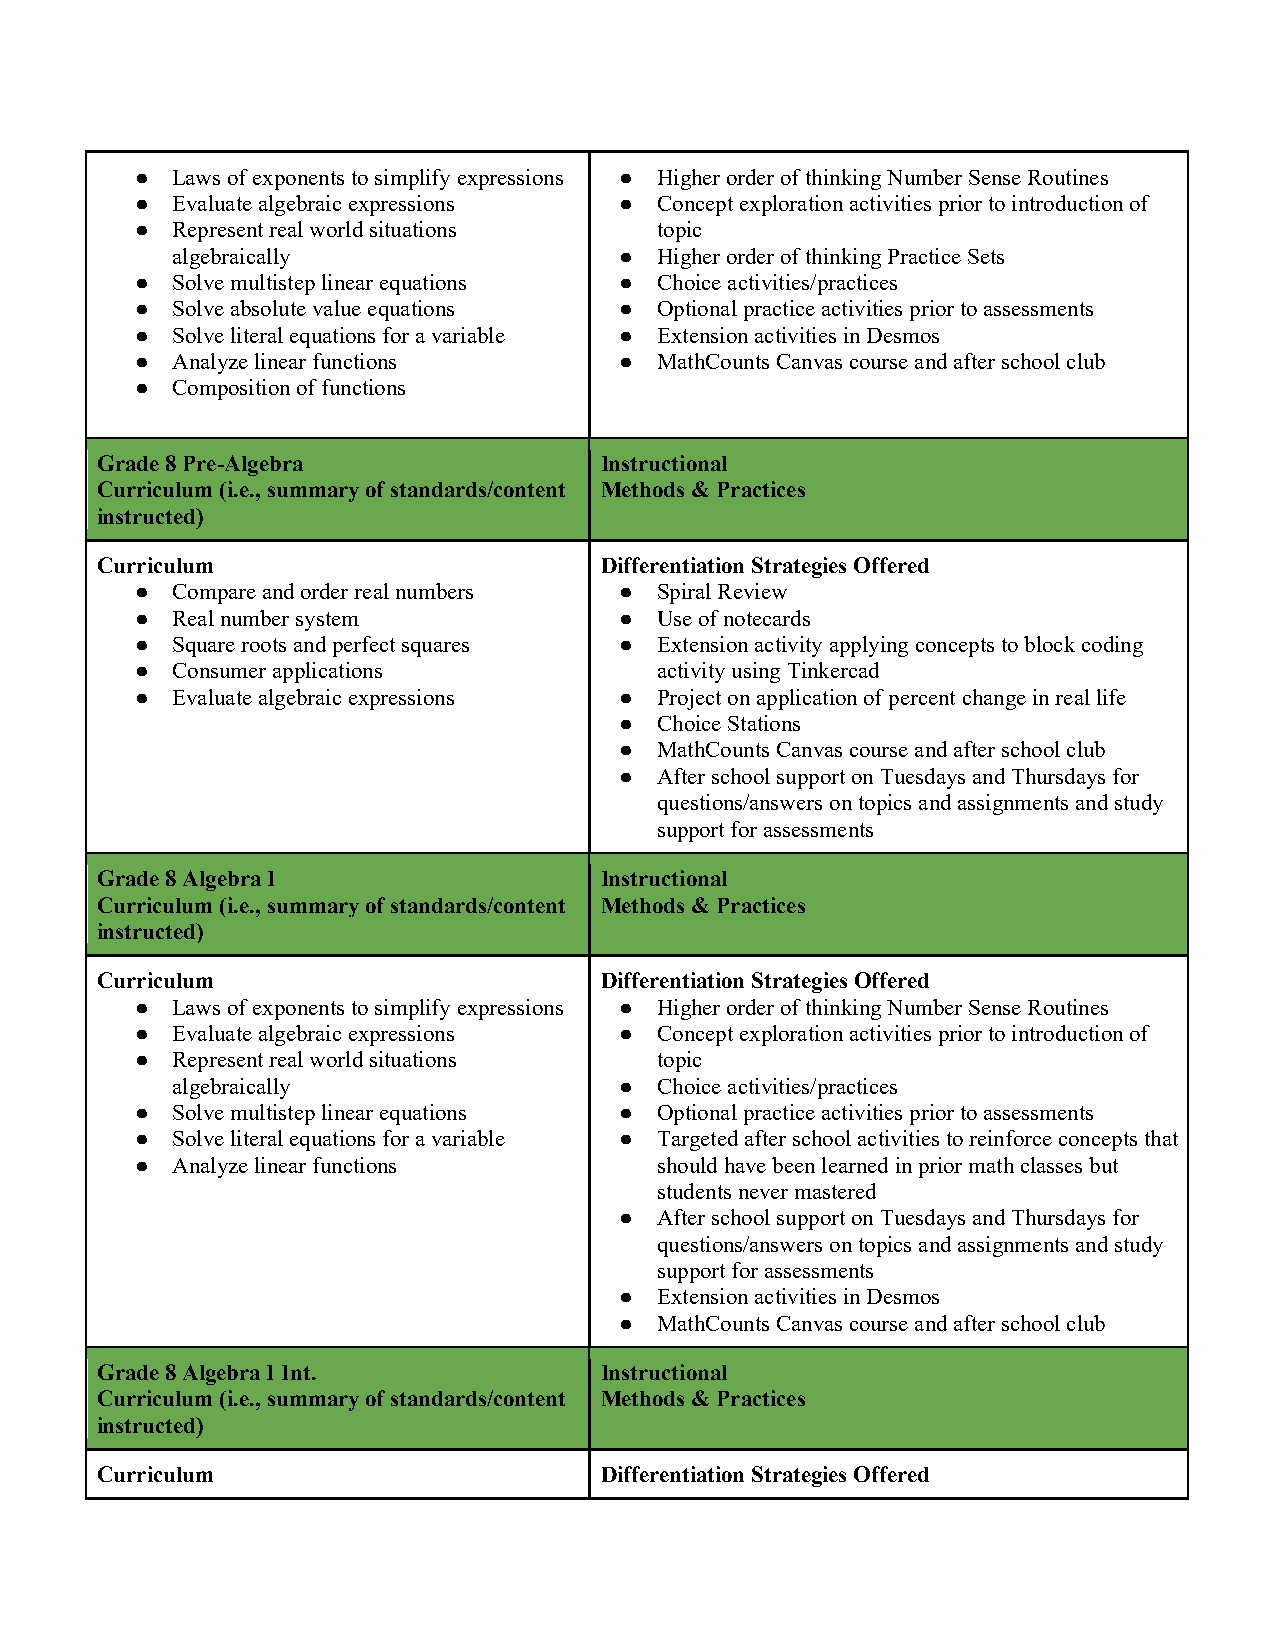
● Laws of exponents to simplify expressions ● Higher order of thinking Number Sense Routines
 ● Evaluate algebraic expressions ● Concept exploration activities prior to introduction of
 ● Represent real world situations topic
 algebraically                 ● Higher order of thinking Practice Sets
 ● Solve multistep linear equations ● Choice activities/practices
 ● Solve absolute value equations ● Optional practice activities prior to assessments
 ● Solve literal equations for a variable ● Extension activities in Desmos
 ● Analyze linear functions      ● MathCounts Canvas course and after school club
 ● Composition of functions
 Grade 8 Pre-Algebra               Instructional
 Curriculum (i.e., summary of standards/content Methods & Practices
 instructed)
 Curriculum                        Differentiation Strategies Offered
 ● Compare and order real numbers ● Spiral Review
 ● Real number system            ● Use of notecards
 ● Square roots and perfect squares ● Extension activity applying concepts to block coding
 ● Consumer applications           activity using Tinkercad
 ● Evaluate algebraic expressions ● Project on application of percent change in real life
 ● Choice Stations
 ● MathCounts Canvas course and after school club
 ● After school support on Tuesdays and Thursdays for
 questions/answers on topics and assignments and study
 support for assessments
 Grade 8 Algebra I                 Instructional
 Curriculum (i.e., summary of standards/content Methods & Practices
 instructed)
 Curriculum                        Differentiation Strategies Offered
 ● Laws of exponents to simplify expressions ● Higher order of thinking Number Sense Routines
 ● Evaluate algebraic expressions ● Concept exploration activities prior to introduction of
 ● Represent real world situations topic
 algebraically                 ● Choice activities/practices
 ● Solve multistep linear equations ● Optional practice activities prior to assessments
 ● Solve literal equations for a variable ● Targeted after school activities to reinforce concepts that
 ● Analyze linear functions        should have been learned in prior math classes but
 students never mastered
 ● After school support on Tuesdays and Thursdays for
 questions/answers on topics and assignments and study
 support for assessments
 ● Extension activities in Desmos
 ● MathCounts Canvas course and after school club
 Grade 8 Algebra I Int.            Instructional
 Curriculum (i.e., summary of standards/content Methods & Practices
 instructed)
 Curriculum                        Differentiation Strategies Offered